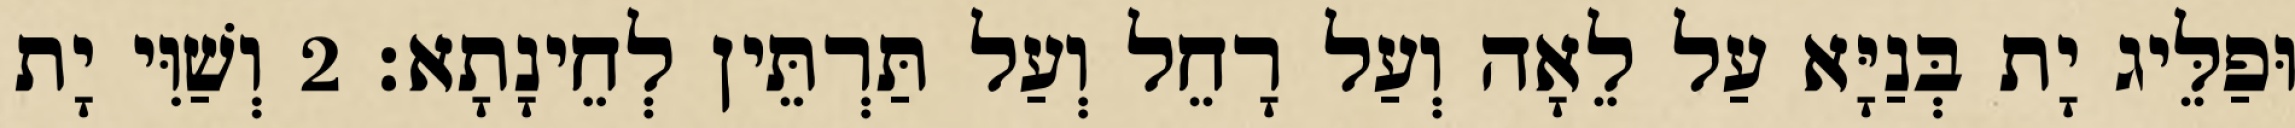
וּפַלֵּיג יָת בְּנַיָּא עַל לֵאָה וְעַל רָחֵל וְעַל תַּרְתֵּין לְחֵינָתָא׃ 2 וְשַׁוִּי יָת